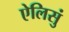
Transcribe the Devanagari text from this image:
ऐलिसुं